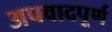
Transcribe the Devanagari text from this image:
अपवादपूर्ण